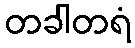
တခါတရံ